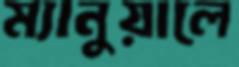
ম্যানুয়ালে